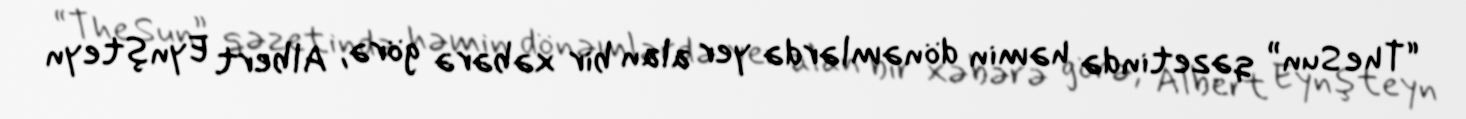
“The Sun” qəzetində həmin dönəmlərdə yer alan bir xəbərə görə, Albert Eynşteyn